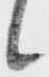
候